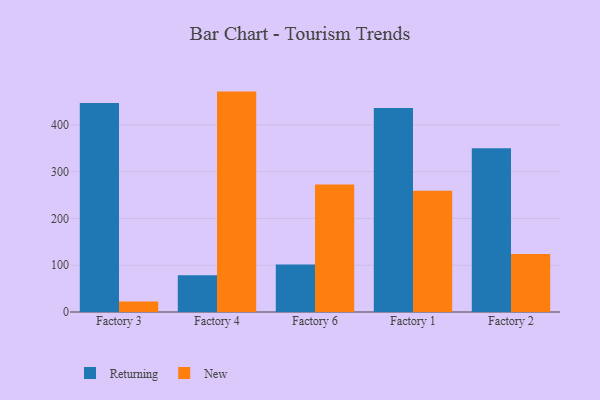
{"axis": {"x": "Factory", "y": "Inventory Turnover"}, "legend": ["New", "Returning"], "data": [{"x": "Factory 3", "y": 447.0, "type": "Returning"}, {"x": "Factory 3", "y": 22.6, "type": "New"}, {"x": "Factory 4", "y": 78.6, "type": "Returning"}, {"x": "Factory 4", "y": 471.2, "type": "New"}, {"x": "Factory 6", "y": 101.4, "type": "Returning"}, {"x": "Factory 6", "y": 272.4, "type": "New"}, {"x": "Factory 1", "y": 436.1, "type": "Returning"}, {"x": "Factory 1", "y": 259.2, "type": "New"}, {"x": "Factory 2", "y": 350.2, "type": "Returning"}, {"x": "Factory 2", "y": 123.8, "type": "New"}]}